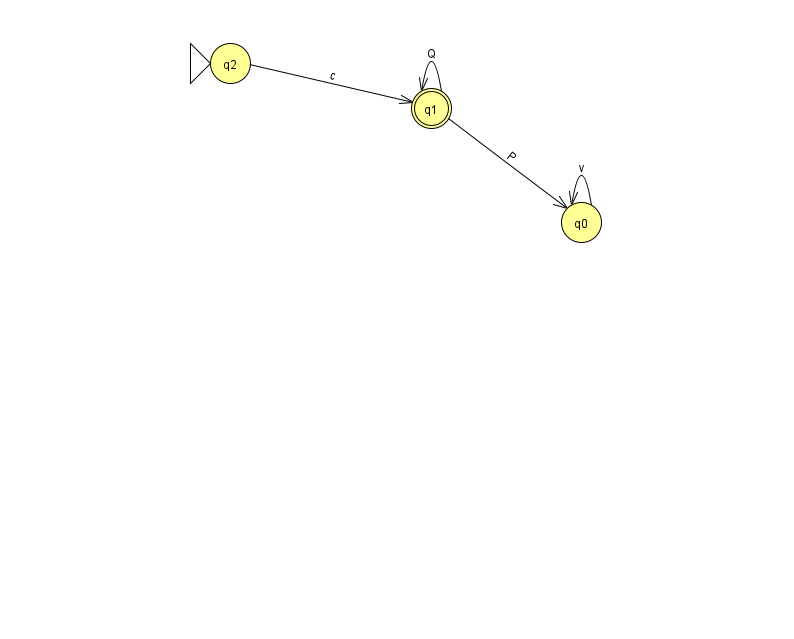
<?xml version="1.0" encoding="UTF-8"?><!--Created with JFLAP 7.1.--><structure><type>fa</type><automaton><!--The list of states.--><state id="0" name="q0"><x>581.0</x><y>209.0</y></state><state id="1" name="q1"><x>431.0</x><y>95.0</y><final/></state><state id="2" name="q2"><x>230.0</x><y>50.0</y><initial/></state><!--The list of transitions.--><transition><from>1</from><to>0</to><read>P</read></transition><transition><from>1</from><to>1</to><read>Q</read></transition><transition><from>2</from><to>1</to><read>c</read></transition><transition><from>0</from><to>0</to><read>v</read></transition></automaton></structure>